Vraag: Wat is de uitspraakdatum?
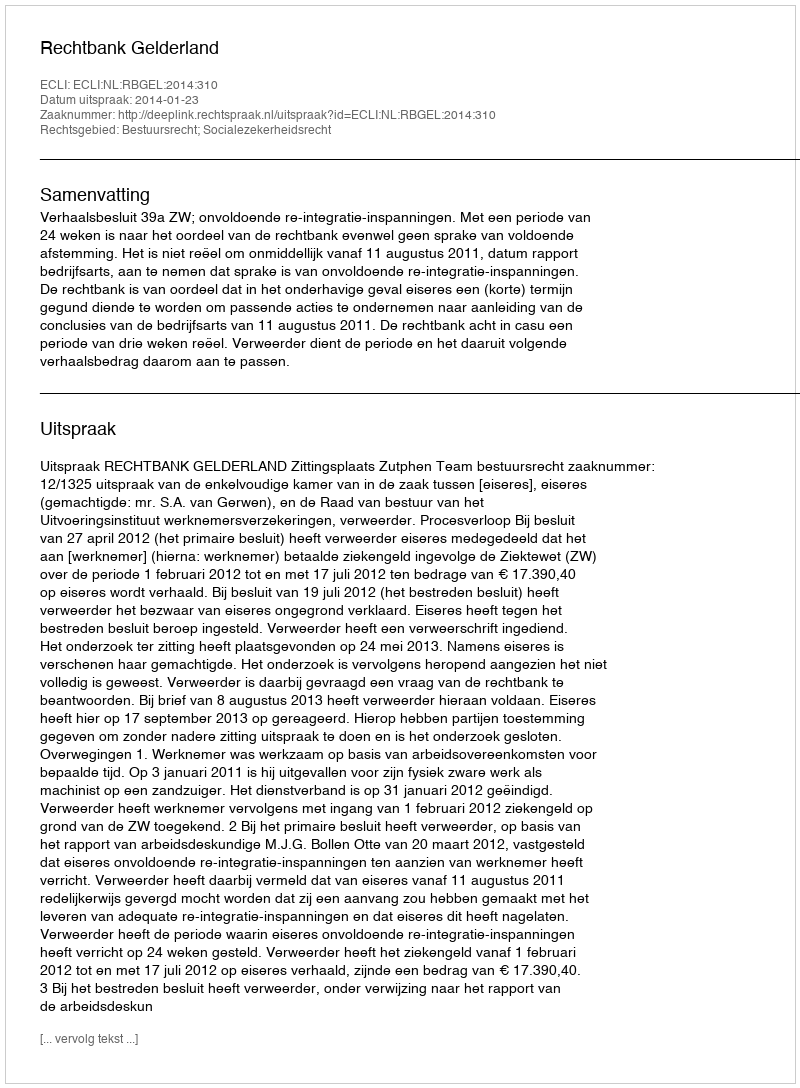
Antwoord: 2014-01-23